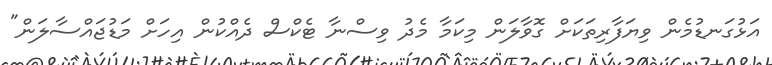
އަޅުގަނޑުމެން ވިޔަފާރިތަކަށް ގޮވާލަން މިކަމާ މެދު ވިސްނާ ޓެކްސް ދެއްކުން އިހަށް މަޑުޖައްސާލަން"